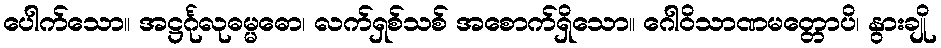
ပေါက်သော။ အဋ္ဌင်္ဂုလုဓမ္မဓော၊ လက်ရှစ်သစ် အစောက်ရှိသော။ ဂေါဝိသာဏမတ္တောပိ၊ နွားချို